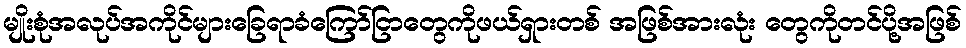
မျိုးစုံအလုပ်အကိုင်များခြေရာခံကြော်ငြာတွေကိုဖယ်ရှားတစ် အဖြစ်အားလုံး တွေကိုတင်ပို့အဖြစ်